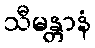
သီမန္တာနံ